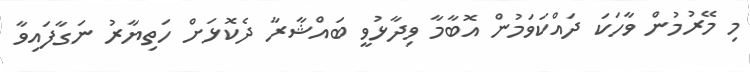
މި މޭރުމުން ވާހަކަ ދައްކަވަމުން އޮބާމާ ވިދާޅުވީ ބައްޝާރާ ދެކޮޅަށް ހަތިޔާރު ނަގާފައިވާ